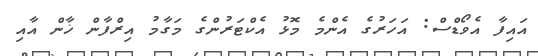
އައިފާ އެވޯޑްސް: އަހަރުގެ އެންމެ މޮޅު އެކްޓަރުންގެ މަގާމު އިރްފާން ޚާން އާއި